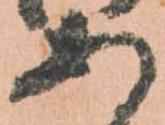
あ